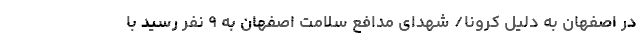
در اصفهان به دلیل کرونا/ شهدای مدافع سلامت اصفهان به ۹ نفر رسید با